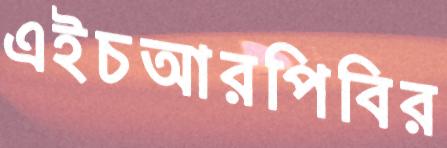
এইচআরপিবির